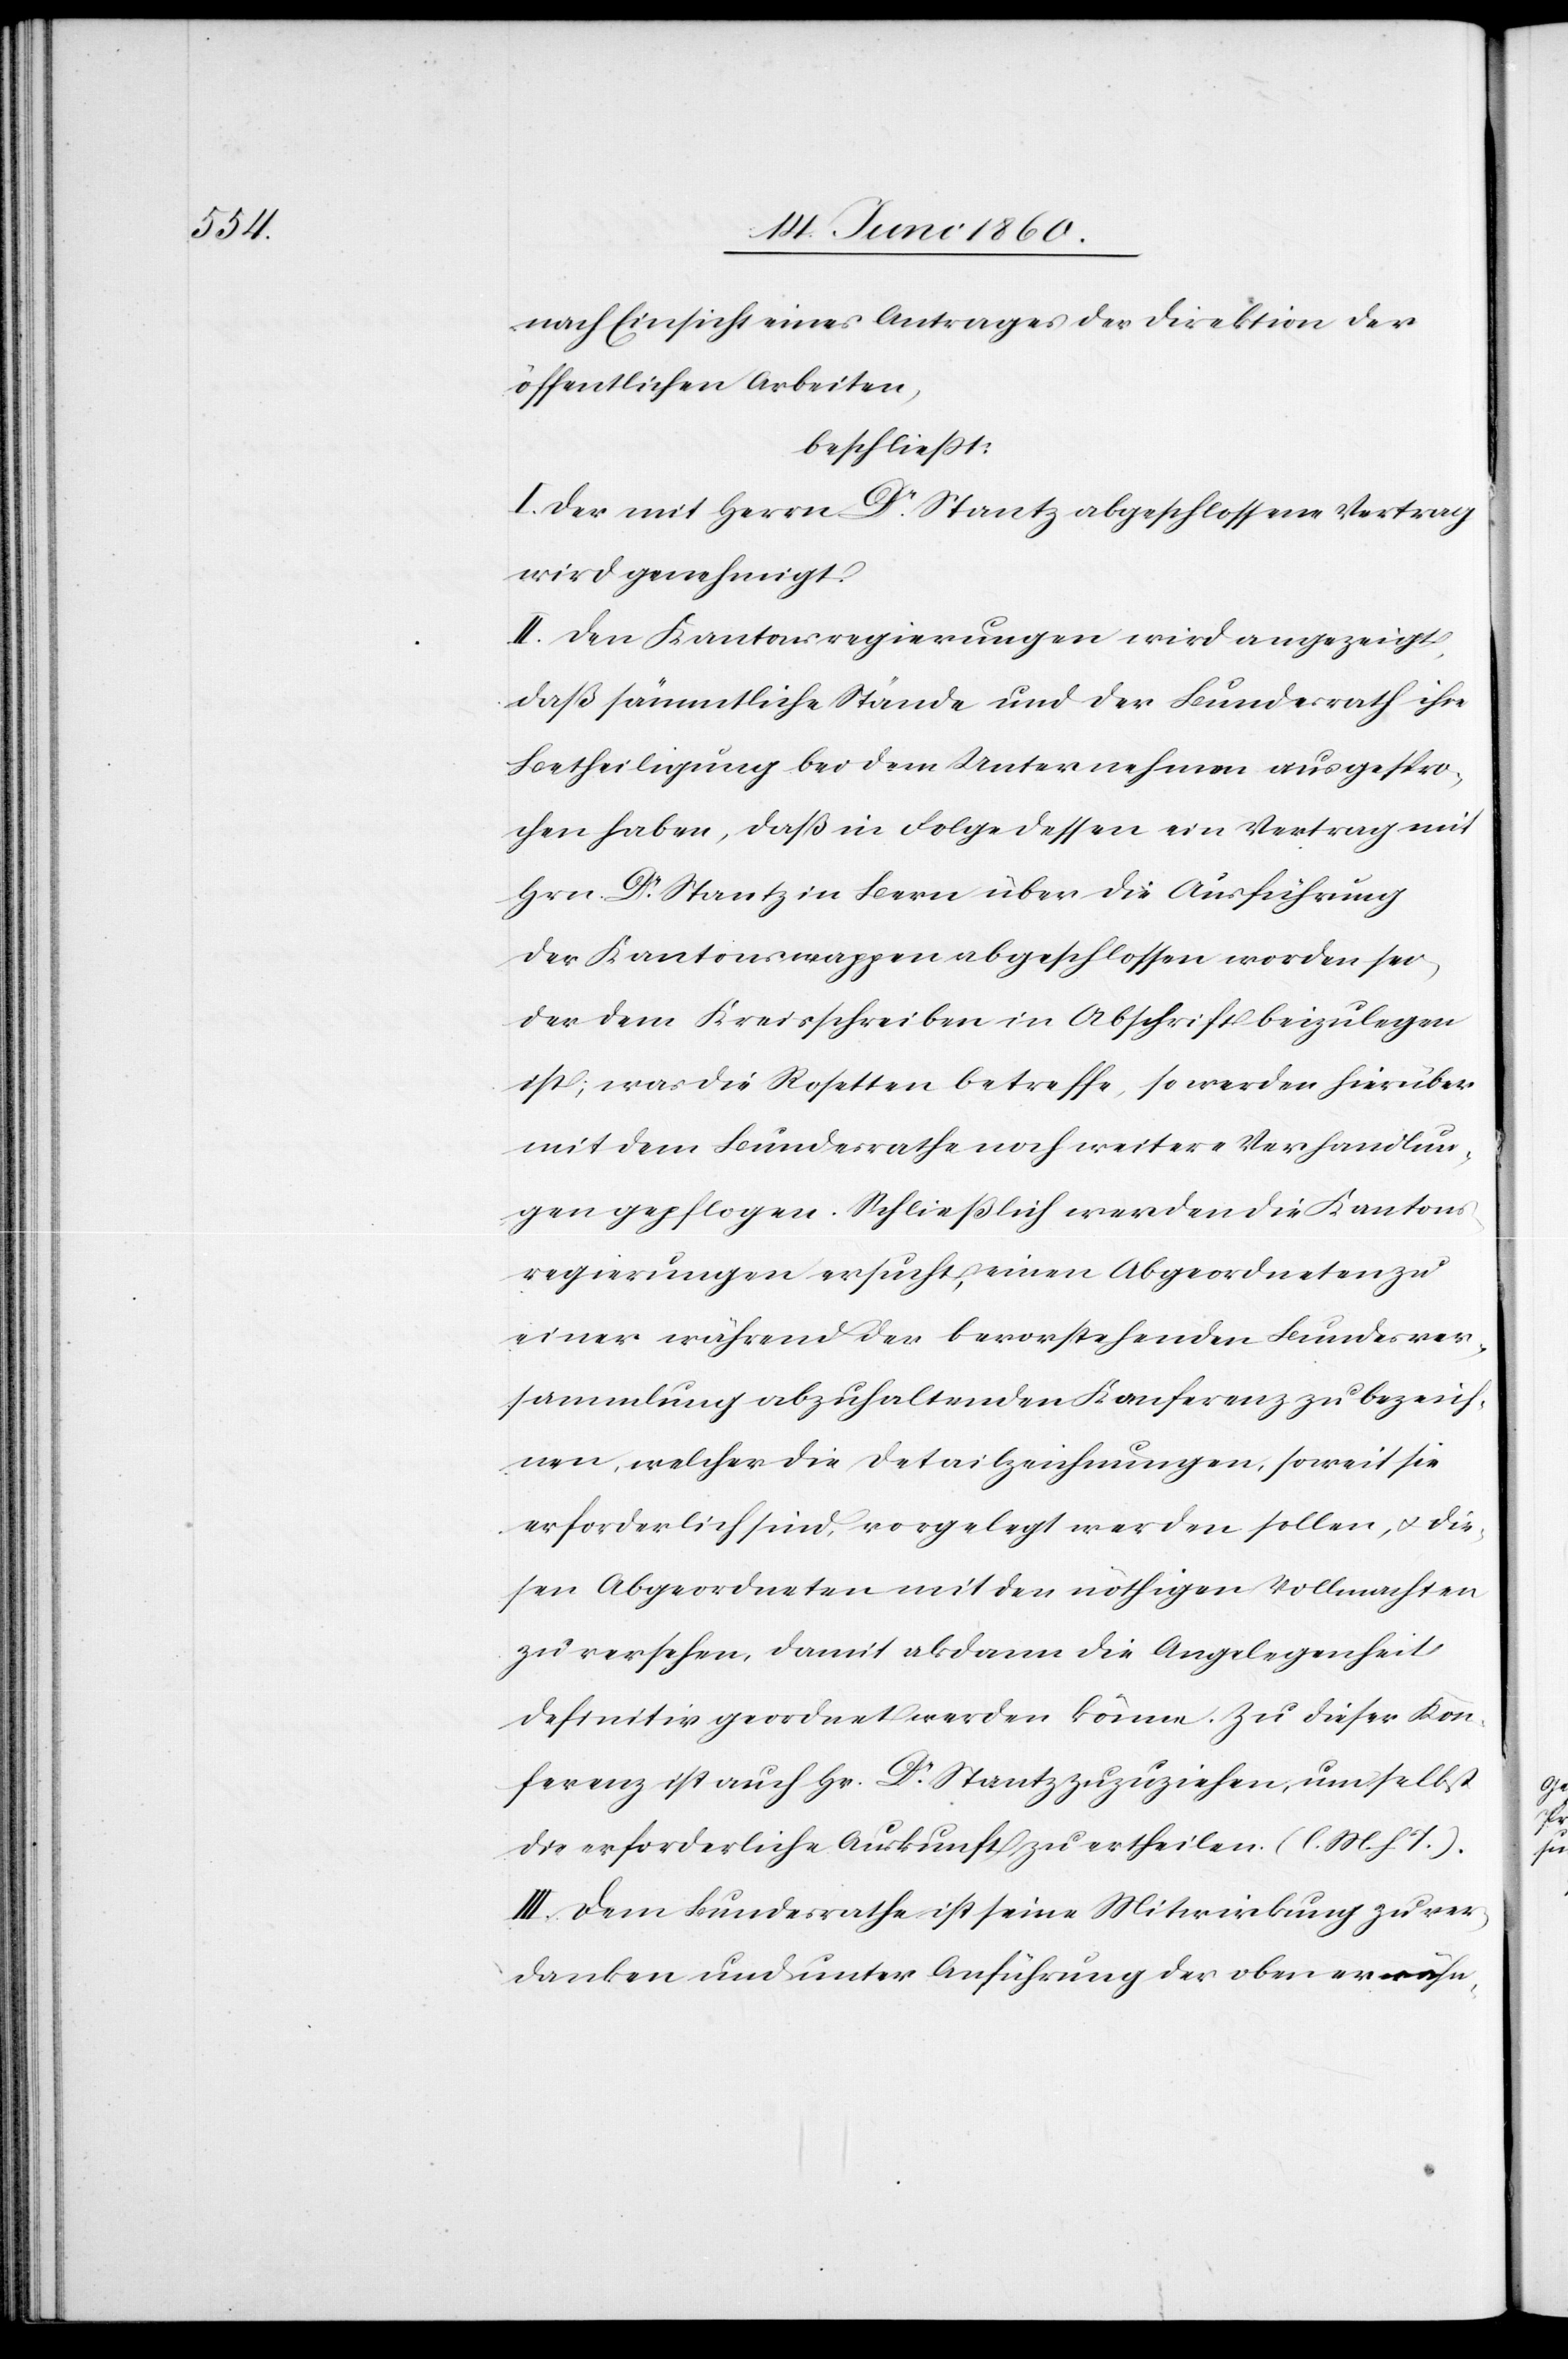
nach Einsicht eines Antrages der Direktion der
öffentlichen Arbeiten,
beschliesst:
I. Der mit Herrn Dr Stantz [sic!] abgeschlossene Vertrag
wird genehmigt.
II. Den Kantonsregierungen wird angezeigt,
daß sämmtliche Stände und der Bundesrath ihre
Betheiligung bei dem Unternehmen ausgespro¬
chen haben, daß in Folge dessen ein Vertrag mit
Hrn. Dr Stantz in Bern über die Ausführung
der Kantonswappen abgeschlossen worden sei,
der dem Kreisschreiben in Abschrift beizulegen
ist; was die Rosetten betreffe, so werden hierüber
mit dem Bundesrathe noch weitere Verhandlun¬
gen gepflogen. Schließlich werden die Kantons¬
regierungen ersucht, einen Abgeordneten zu
einer während der bevorstehenden Bundesver¬
sammlung abzuhaltenden Konferenz zu bezeich¬
nen, welcher die Detailzeichnungen, soweit sie
erforderlich sind, vorgelegt werden sollen, u. die¬
sen Abgeordneten mit den nöthigen Vollmachten
zu versehen, damit alsdann die Angelegenheit
definitiv geordnet werden könne. Zu dieser Kon¬
ferenz ist auch Hr. Dr Stantz zuzuziehen, um selbst
die erforderliche Auskunft zu ertheilen. (l. M. h. T.).
III. Dem Bundesrathe ist seine Mitwirkung zu ver¬
danken und unter Anführung der oben erwähn-